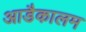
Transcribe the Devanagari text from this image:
आडैकालम